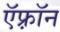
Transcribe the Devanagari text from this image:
ऍफ़्रॉन